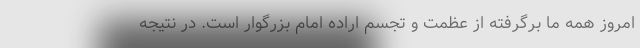
امروز همه ما برگرفته از عظمت و تجسم اراده امام بزرگوار است. در نتیجه